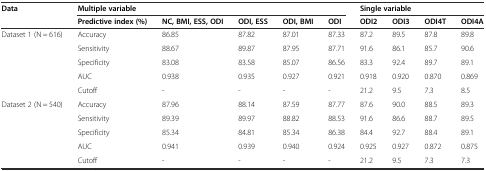
<table><thead><tr><td rowspan="2"><b>Data</b></td><td colspan="5"><b>Multiple variable</b></td><td colspan="4"><b>Single variable</b></td></tr><tr><td><b>Predictive index (%)</b></td><td><b>NC, BMI, ESS, ODI</b></td><td><b>ODI, ESS</b></td><td><b>ODI, BMI</b></td><td><b>ODI</b></td><td><b>ODI2</b></td><td><b>ODI3</b></td><td><b>ODI4T</b></td><td><b>ODI4A</b></td></tr></thead><tbody><tr><td rowspan="5">Dataset 1 (N = 616)</td><td>Accuracy</td><td>86.85</td><td>87.82</td><td>87.01</td><td>87.33</td><td>87.2</td><td>89.5</td><td>87.8</td><td>89.8</td></tr><tr><td>Sensitivity</td><td>88.67</td><td>89.87</td><td>87.95</td><td>87.71</td><td>91.6</td><td>86.1</td><td>85.7</td><td>90.6</td></tr><tr><td>Specificity</td><td>83.08</td><td>83.58</td><td>85.07</td><td>86.56</td><td>83.3</td><td>92.4</td><td>89.7</td><td>89.1</td></tr><tr><td>AUC</td><td>0.938</td><td>0.935</td><td>0.927</td><td>0.921</td><td>0.918</td><td>0.920</td><td>0.870</td><td>0.869</td></tr><tr><td>Cutoff</td><td>-</td><td>-</td><td>-</td><td>-</td><td>21.2</td><td>9.5</td><td>7.3</td><td>8.5</td></tr><tr><td rowspan="5">Dataset 2 (N = 540)</td><td>Accuracy</td><td>87.96</td><td>88.14</td><td>87.59</td><td>87.77</td><td>87.6</td><td>90.0</td><td>88.5</td><td>89.3</td></tr><tr><td>Sensitivity</td><td>89.39</td><td>89.97</td><td>88.82</td><td>88.53</td><td>91.6</td><td>86.6</td><td>88.7</td><td>89.5</td></tr><tr><td>Specificity</td><td>85.34</td><td>84.81</td><td>85.34</td><td>86.38</td><td>84.4</td><td>92.7</td><td>88.4</td><td>89.1</td></tr><tr><td>AUC</td><td>0.941</td><td>0.939</td><td>0.940</td><td>0.924</td><td>0.925</td><td>0.927</td><td>0.872</td><td>0.875</td></tr><tr><td>Cutoff</td><td>-</td><td>-</td><td>-</td><td>-</td><td>21.2</td><td>9.5</td><td>7.3</td><td>7.3</td></tr></tbody></table>